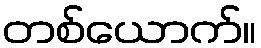
တစ်ယောက်။